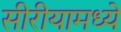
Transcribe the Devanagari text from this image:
सीरीयामध्ये